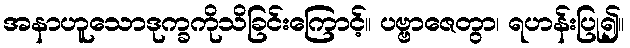
အနာဟူသောဒုက္ခကိုသိခြင်းကြောင့်။ ပဗ္ဗာဇေတွာ၊ ရဟန်းပြု၍။